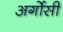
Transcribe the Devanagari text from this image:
अर्गोसी